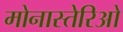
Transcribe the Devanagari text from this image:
मोनास्तेरिओ